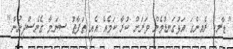
"ޑާރކް ރެއިންގަ އަޅުގަނޑުމެން ވަރަށް ކުރާ ކަމެއް އެއީ ތަފާތު ސިނަމާ ގެނެސްދިނުން."